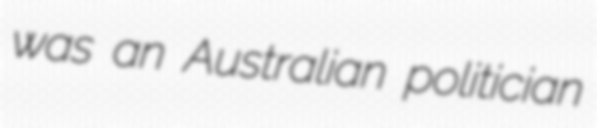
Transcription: was an Australian politician